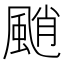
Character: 颵